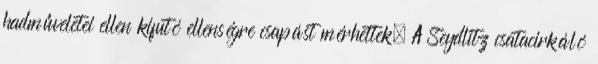
hadműveletei ellen kifutó ellenségre csapást mérhettek. A Seydlitz csatacirkáló